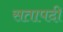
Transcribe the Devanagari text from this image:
सतापदी